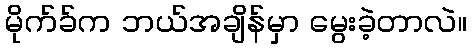
မိုက်ခ်က ဘယ်အချိန်မှာ မွေးခဲ့တာလဲ။